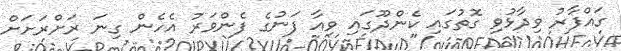
ގައްފާރު ވިދާޅުވި ގޮތުގައި ކެންދޫގައި ވިއާ ފަނުގެ ފެންވަރު އެހެން ގިނަ ރަށްރަށަށް